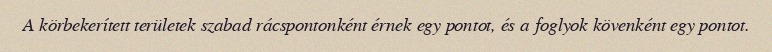
A körbekerített területek szabad rácspontonként érnek egy pontot, és a foglyok kövenként egy pontot.